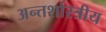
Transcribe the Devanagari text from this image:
अन्तर्शास्त्रीय